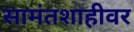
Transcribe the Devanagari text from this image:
सामंतशाहीवर